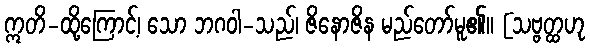
ဣတိ-ထို့ကြောင့်၊ သော ဘဂဝါ-သည်၊ ဇိနောဇိန မည်တော်မူ၏။ [သဗ္ဗတ္ထဟု